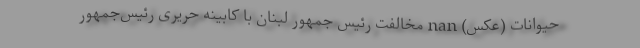
حیوانات (عکس) nan مخالفت رئیس جمهور لبنان با کابینه حریری رئیس‌جمهور